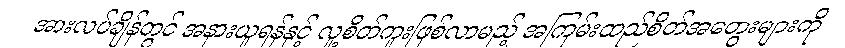
အားလပ်ချိန်တွင် အနားယူရန်နှင့် လူ့စိတ်ကူးဖြစ်လာမည့် အကြမ်းထည်စိတ်အတွေးများကို